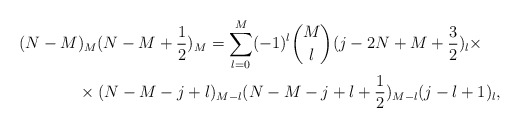
\begin{align*} (N-M&)_M(N-M+\frac 12)_M=\sum_{l=0}^M(-1)^l{M\choose l}(j-2N+M+\frac 32)_l\times\\ &\times (N-M-j+l)_{M-l}(N-M-j+l+\frac 12)_{M-l}(j-l+1)_l, \end{align*}